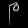
Digit: ၉